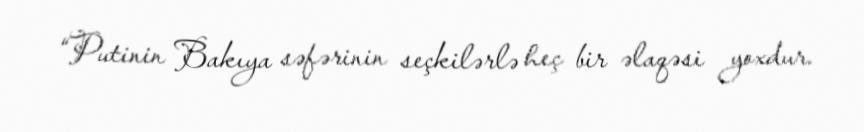
“Putinin Bakıya səfərinin seçkilərlə heç bir əlaqəsi yoxdur.